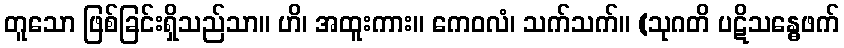
တူသော ဖြစ်ခြင်းရှိသည်သာ။ ဟိ၊ အထူးကား။ ကေဝလံ၊ သက်သက်။ (သုဂတိ ပဋိသန္ဓေဖက်